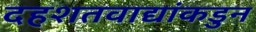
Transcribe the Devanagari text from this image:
दहशतवाद्यांकडुन